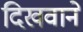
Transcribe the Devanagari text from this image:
दिखवाने